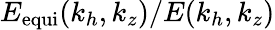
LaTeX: E_{\mathrm{equi}}(k_{h},k_{z})/E(k_{h},k_{z})